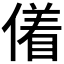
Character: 𬿜